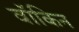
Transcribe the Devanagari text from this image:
वॉकिन